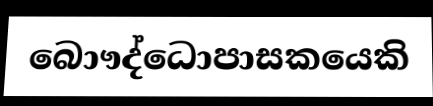
බොෟද්ධොපාසකයෙකි